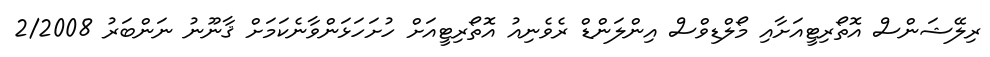
ރިލޭޝަންސް އޮތޯރިޓީއަށާއި މޯލްޑިވްސް އިންލަންޑް ރެވެނިއު އޮތޯރިޓީއަށް ހުށަހަޅަންވާނެކަމަށް ޤާނޫނު ނަންބަރު 2/2008